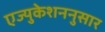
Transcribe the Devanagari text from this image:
एज्युकेशननुसार